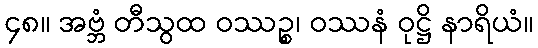
၄၈။ အဗ္ဘံ တီသွထ ဝဿဉ္စ၊ ဝဿနံ ဝုဋ္ဌိ နာရိယံ။